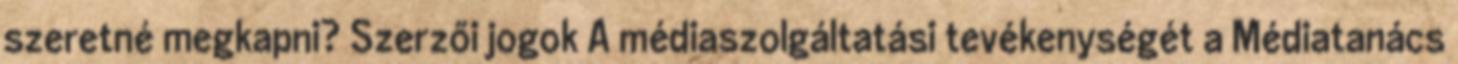
szeretné megkapni? Szerzői jogok A médiaszolgáltatási tevékenységét a Médiatanács